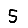
Digit: 5